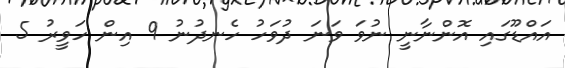
އައްޑޫގައި އޮންނާނީ ނުވަ ވަނަ ދުވަހު ހެނދުނު 9 އިން ހަވީރު 5